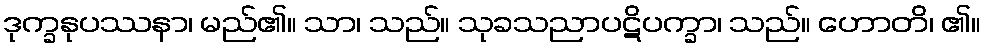
ဒုက္ခနုပဿနာ၊ မည်၏။ သာ၊ သည်။ သုခသညာပဋိပက္ခာ၊ သည်။ ဟောတိ၊ ၏။